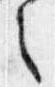
之